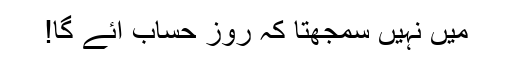
میں نہیں سمجھتا کہ روز حساب آئے گا!